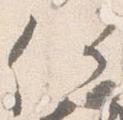
何